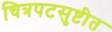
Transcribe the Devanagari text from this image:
चित्रपटसुष्टीत